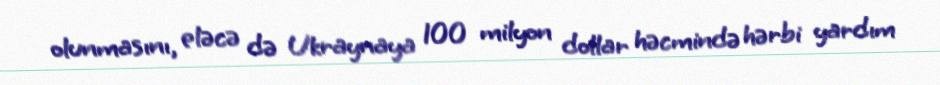
olunmasını, eləcə də Ukraynaya 100 milyon dollar həcmində hərbi yardım